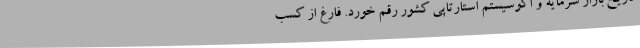
تاریخ بازار سرمایه و اکوسیستم استارتاپی کشور رقم خورد. فارغ از کسب